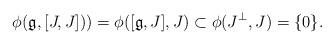
LaTeX: \begin{align*}\phi(\mathfrak{g},[J,J]))=\phi([\mathfrak{g},J],J)\subset \phi(J^{\perp},J)=\{0\}.\end{align*}